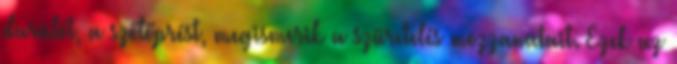
darálót, a szőlőprést, megismerik a szüretelés mozzanatait. Ezek az